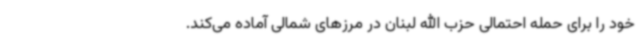
خود را برای حمله احتمالی حزب الله لبنان در مرزهای شمالی آماده می‌کند.